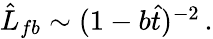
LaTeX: \begin{array}{r}{\hat{L}_{fb}\sim(1-b\hat{t})^{-2}\, .}\end{array}